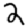
Digit: 2